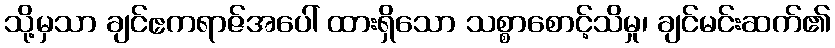
သို့မှသာ ချင်ဧကရာဇ်အပေါ် ထားရှိသော သစ္စာစောင့်သိမှု၊ ချင်မင်းဆက်၏